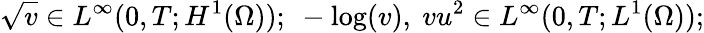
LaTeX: \sqrt{v}\in L^{\infty}(0,T;H^{1}(\Omega));\ -\log(v),\ vu^{2}\in L^{\infty}(0,T;L^{1}(\Omega));